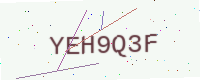
Text: YEH9Q3F